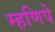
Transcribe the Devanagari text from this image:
म्हणिपे